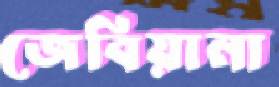
জেবিয়ানা